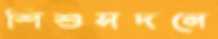
শিশুসদনে